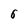
Character: 8